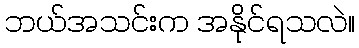
ဘယ်အသင်းက အနိုင်ရသလဲ။